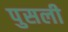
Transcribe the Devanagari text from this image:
पुसली